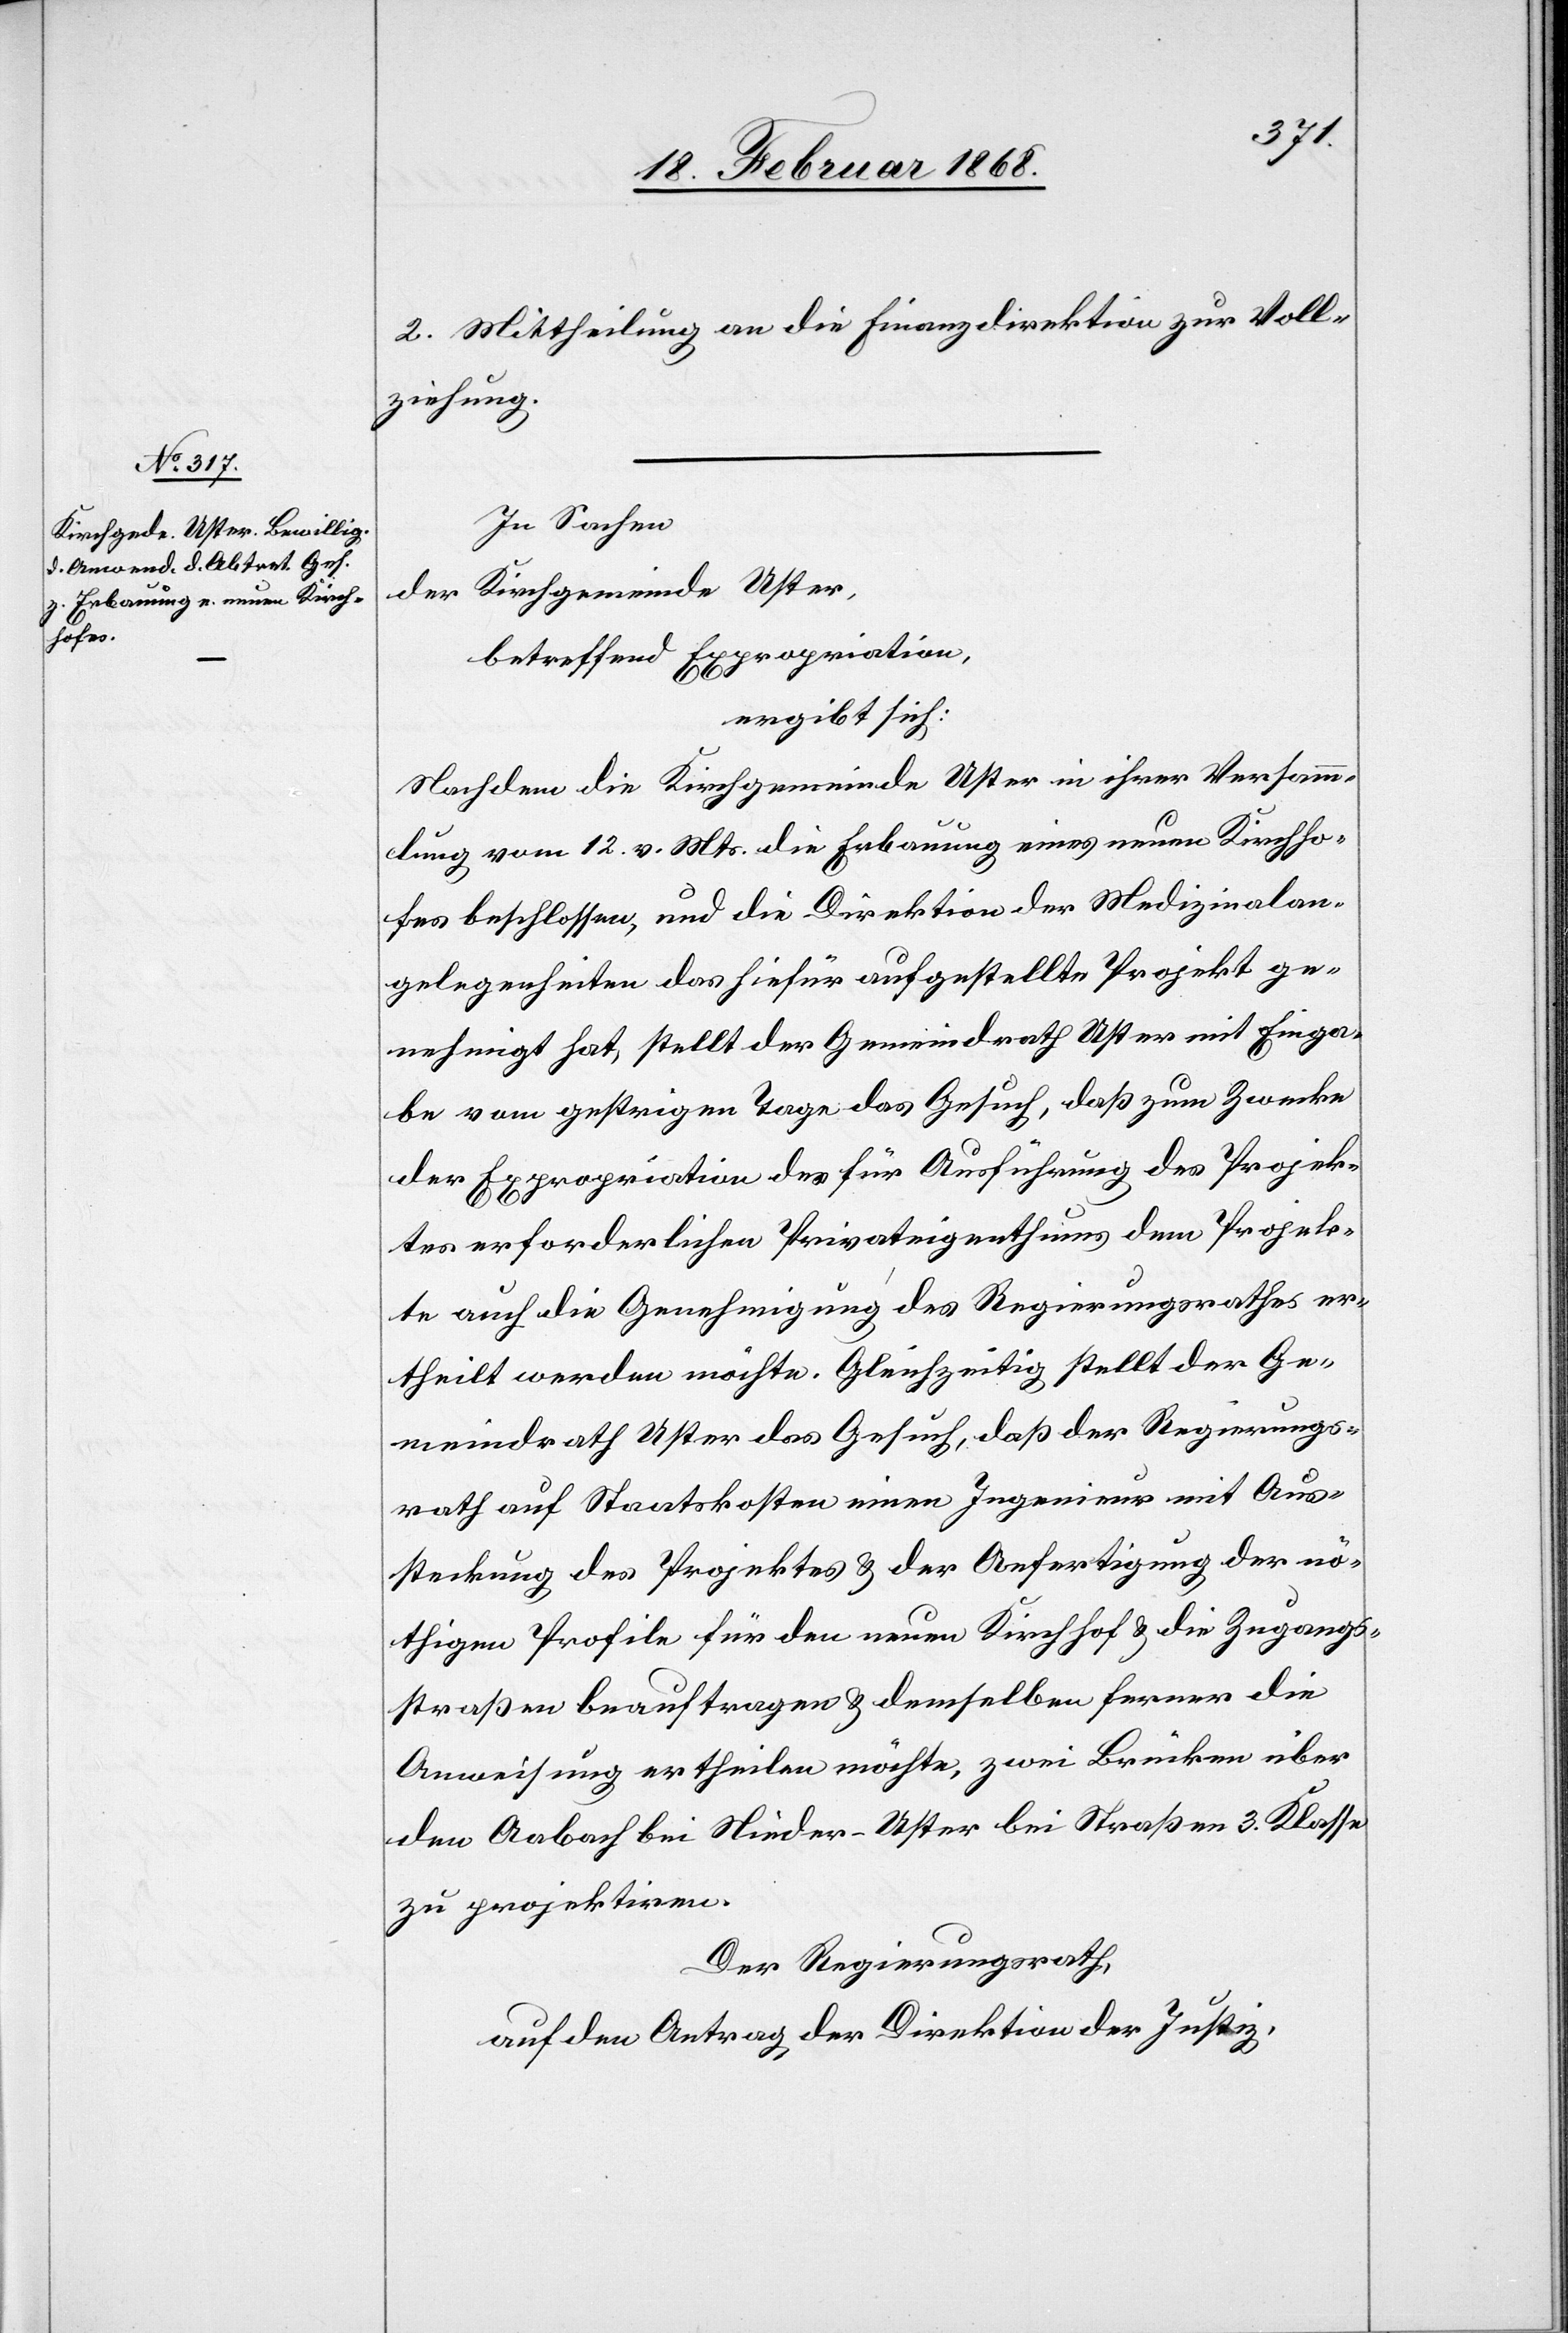
2. Mittheilung an die Finanzdirektion zur Voll¬
ziehung.
In Sachen
Kirchgemeinde Uster,
der
betreffend Expropriation,
ergibt sich:
Nachdem die Kirchgemeinde Uster in ihrer Versamm¬
lung vom 12. v. Mts. die Erbauung eines neuen Kirchho¬
fes beschlossen, und die Direktion der Medizinalan¬
gelegenheiten das hiefür aufgestellte Projekt ge¬
nehmigt hat, stellt der Gemeindrath Uster mit Einga¬
be vom gestrigen Tage das Gesuch, daß zum Zwecke
der Expropriation des für Ausführung des Projek¬
tes erforderlichen Privateigenthums dem Projek¬
te auch die Genehmigung des Regierungsrathes er¬
theilt werden möchte. Gleichzeitig stellt der Ge¬
meindrath Uster das Gesuch, daß der Regierungs¬
rath auf Staatskosten einen Ingenieur mit Aus¬
steckung des Projektes & der Anfertigung der nö¬
thigen Profile für den neuen Kirchhof & die Zugangs¬
straßen beauftragen & demselben ferner die
Anweisung ertheilen möchte, zwei Brücken über
den Aabach bei Nieder-Uster bei Straßen 3. Klasse
zu projektiren.
Der Regierungsrath,
auf den Antrag der Direktion der Justiz,